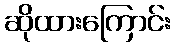
ဆိုထားကြောင်း